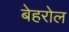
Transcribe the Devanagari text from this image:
बेहरोल